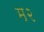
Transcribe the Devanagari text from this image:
म२